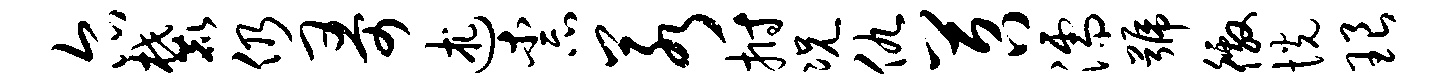
尔麓仍哥述柰若拊况仇苕濡号徼恍琅